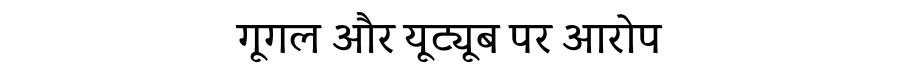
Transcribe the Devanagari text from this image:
गूगल और यूट्यूब पर आरोप